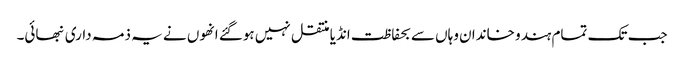
جب تک تمام ہندو خاندان وہاں سے بحفاظت انڈیا منتقل نہیں ہوگئے انھوں نے یہ ذمہ داری نبھائی۔